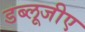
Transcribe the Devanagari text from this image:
डब्लूजीए